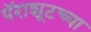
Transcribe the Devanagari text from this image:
पॅराशूटच्या